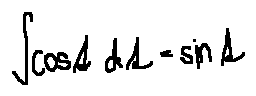
\int \cos t d t = \sin t